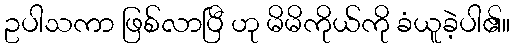
ဥပါသကာ ဖြစ်လာပြီ ဟု မိမိကိုယ်ကို ခံယူခဲ့ပါ၏။